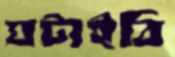
ঘটাইবি